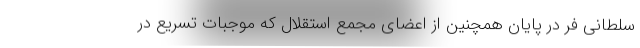
سلطانی فر در پایان همچنین از اعضای مجمع استقلال که موجبات تسریع در